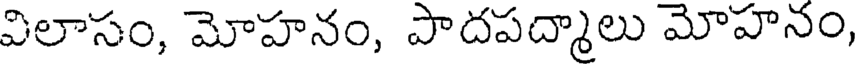
విలాసం, మోహనం, పాదపద్మాలు మోహనం,